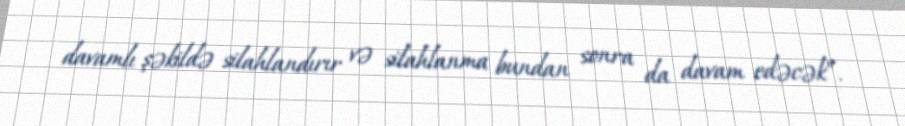
davamlı şəkildə silahlandırır və silahlanma bundan sonra da davam edəcək”.